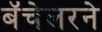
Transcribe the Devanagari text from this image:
बॅचेलरने